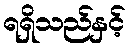
ရရှိသည်နှင့်